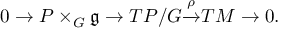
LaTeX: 0 \to P \times _ { G } { \mathfrak { g } } \to T P / G { \xrightarrow { \rho } } T M \to 0 .